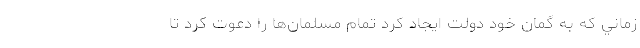
زماني كه به گمان خود دولت ايجاد كرد تمام مسلمان‌ها را دعوت كرد تا